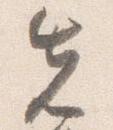
先